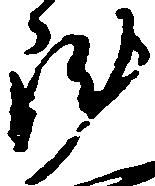
陣